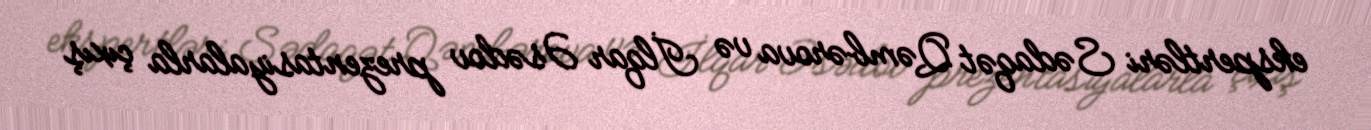
ekspertləri Sədaqət Qəmbərova və İlqar Əsədov prezentasiyalarla çıxış